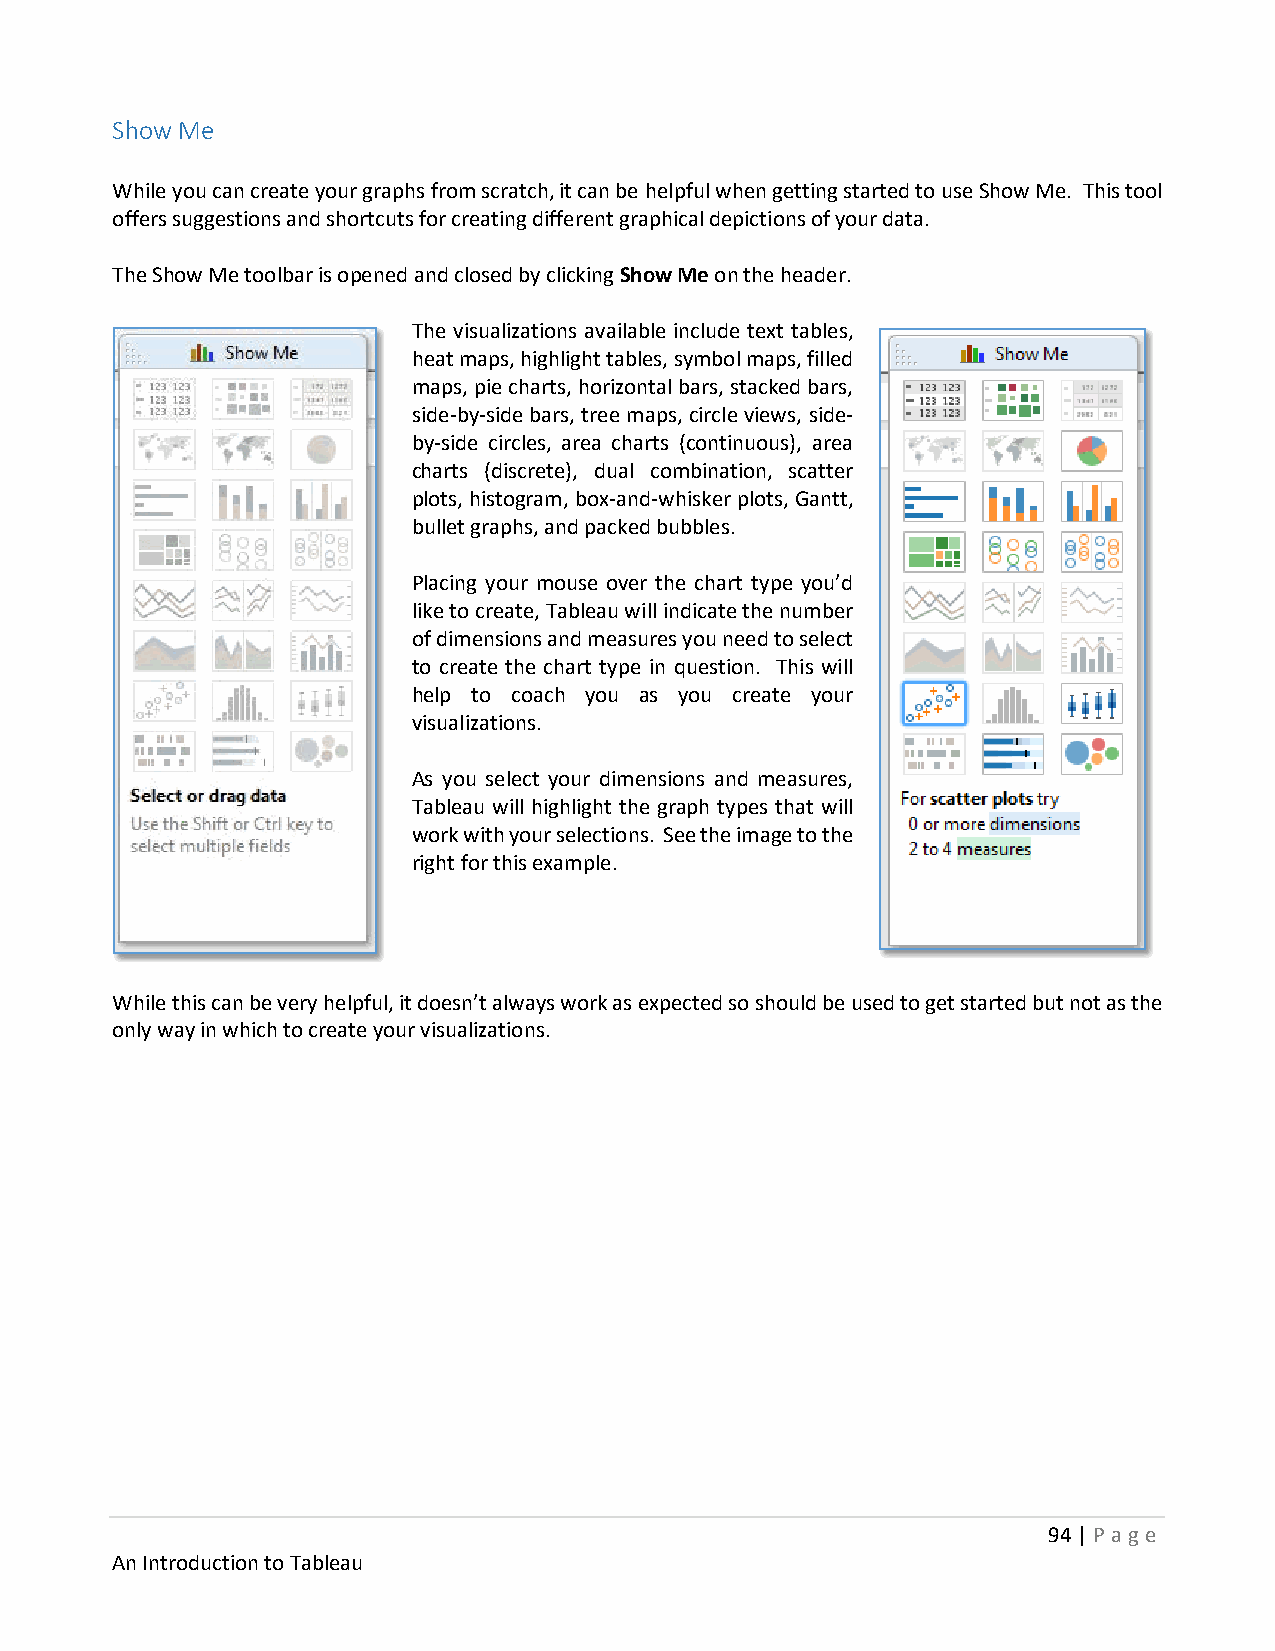
Show Me
 While you can create your graphs from scratch, it can be helpful when getting started to use Show Me. This tool
 offers suggestions and shortcuts for creating different graphical depictions of your data.
 The Show Me toolbar is opened and closed by clicking Show Me on the header.
 The visualizations available include text tables,
 heat maps, highlight tables, symbol maps, filled
 maps, pie charts, horizontal bars, stacked bars,
 side-by-side bars, tree maps, circle views, side-
 by-side circles, area charts (continuous), area
 charts (discrete), dual combination, scatter
 plots, histogram, box-and-whisker plots, Gantt,
 bullet graphs, and packed bubbles.
 Placing your mouse over the chart type you’d
 like to create, Tableau will indicate the number
 of dimensions and measures you need to select
 to create the chart type in question. This will
 help to coach you as you create your
 visualizations.
 As you select your dimensions and measures,
 Tableau will highlight the graph types that will
 work with your selections. See the image to the
 right for this example.
 While this can be very helpful, it doesn’t always work as expected so should be used to get started but not as the
 only way in which to create your visualizations.
 94 | P age
 An Introduction to Tableau